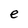
Character: e